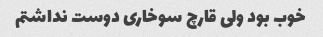
خوب بود ولی قارچ سوخاری دوست نداشتم